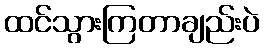
ထင်သွားကြတာချည်းပဲ